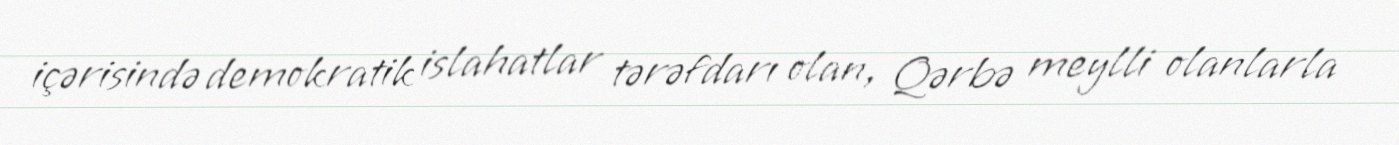
içərisində demokratik islahatlar tərəfdarı olan, Qərbə meylli olanlarla